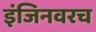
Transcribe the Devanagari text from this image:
इंजिनवरच